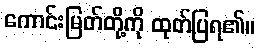
ကောင်းမြတ်တို့ကို ထုတ်ပြရ၏။